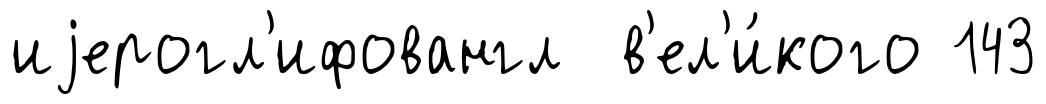
иjерогл'ифовангл в'ел'и́кого 143